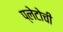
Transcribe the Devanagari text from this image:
प्लेटोची